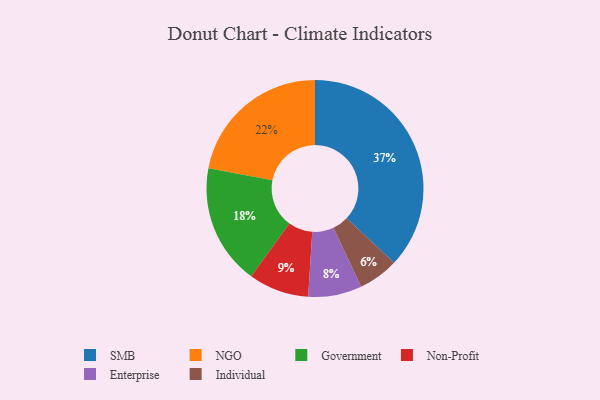
{"axis": {"x": "Category", "y": "Percentage"}, "legend": ["Enterprise", "Government", "Individual", "NGO", "Non-Profit", "SMB"], "data": [{"x": "Non-Profit", "y": 9, "type": "Non-Profit"}, {"x": "SMB", "y": 37, "type": "SMB"}, {"x": "Enterprise", "y": 8, "type": "Enterprise"}, {"x": "Government", "y": 18, "type": "Government"}, {"x": "Individual", "y": 6, "type": "Individual"}, {"x": "NGO", "y": 22, "type": "NGO"}]}